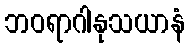
ဘဝရာဂါနုသယာနံ